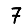
Digit: 7